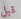
قبل